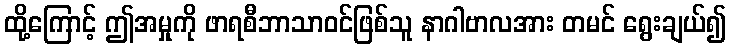
ထို့ကြောင့် ဤအမှုကို ဖာရစီဘာသာဝင်ဖြစ်သူ နာဂါဗာလအား တမင် ရွေးချယ်၍